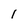
Character: 1